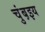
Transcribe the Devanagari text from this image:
चुंब़इय